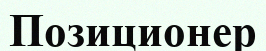
Позиционер